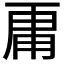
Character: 𮓞